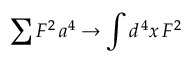
\sum F ^ { 2 } \, a ^ { 4 } \to \int d ^ { \, 4 } x \, F ^ { 2 }